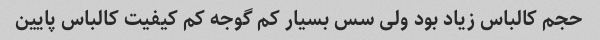
حجم کالباس زیاد بود ولی سس بسیار کم گوجه کم کیفیت کالباس پایین